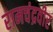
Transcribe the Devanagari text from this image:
रामचंद्रवीर